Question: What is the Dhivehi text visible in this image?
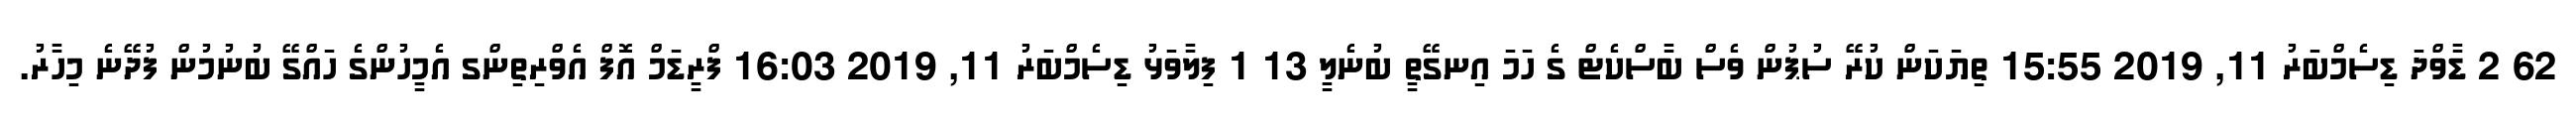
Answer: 62 2 ޑާވްދަ ޑިސެމްބަރު 11, 2019 15:55 ތިޔަކަން ކުރޭ ސުޕުން ވެސް ބާސްކެޓް ގެ ހަމަ އިނގޭތީ ބުނެލީ 13 1 ފިލާވަޅު ޑިސެމްބަރު 11, 2019 16:03 ފްރީޑަމް އޮފް އެވްރިތިންގ އެމީހުންގެ ހައްގޭ ބުނުމުން ފުދޭނެ މިހާރު.